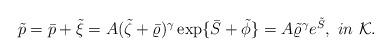
LaTeX: \begin{align*}\begin{array}{ll}\tilde{p}=\bar{p}+\tilde{\xi} = A(\tilde{\zeta}+\bar{\varrho})^{\gamma}\exp\{\bar{S}+\tilde{\phi}\}= A \tilde{\varrho}^{\gamma}e^{\tilde{S}},\ in\ \mathcal{K}.\end{array}\end{align*}